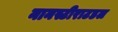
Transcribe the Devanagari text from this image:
नानस्टीराटडल